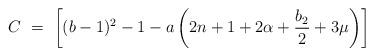
LaTeX: \begin{align*}C\ =\ \left[ (b-1)^2 -1 -a\left(2n+1+2\alpha+ \frac{b_2}{2}+3\mu\right)\right]\end{align*}